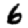
Digit: 6